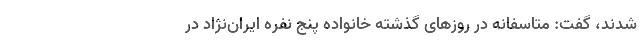
شدند، گفت: متاسفانه در روزهای گذشته خانواده پنج نفره ایران‌نژاد در